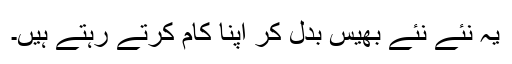
یہ نئے نئے بھیس بدل کر اپنا کام کرتے رہتے ہیں۔